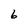
Character: 6